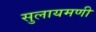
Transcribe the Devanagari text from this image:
सुलायमणी